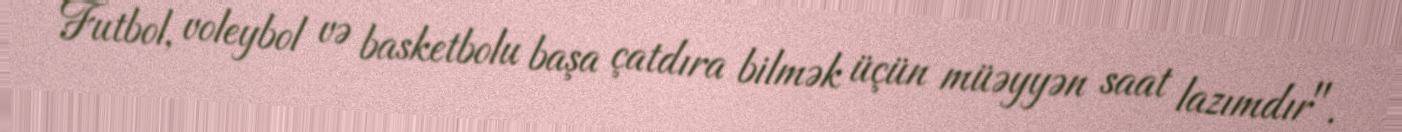
Futbol, voleybol və basketbolu başa çatdıra bilmək üçün müəyyən saat lazımdır".